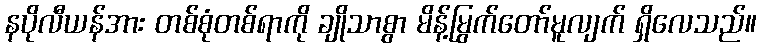
နပိုလီယန်အား တစ်စုံတစ်ရာကို ချိုသာစွာ မိန့်မြွက်တော်မူလျက် ရှိလေသည်။